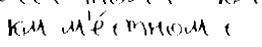
км м'е́стном с